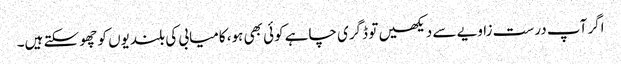
اگر آپ درست زاویے سے دیکھیں تو ڈگری چاہے کوئی بھی ہو، کامیابی کی بلندیوں کو چھو سکتے ہیں۔